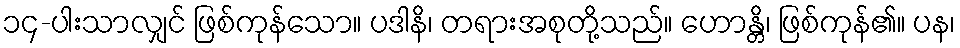
၁၄-ပါးသာလျှင် ဖြစ်ကုန်သော။ ပဒါနိ၊ တရားအစုတို့သည်။ ဟောန္တိ၊ ဖြစ်ကုန်၏။ ပန၊